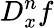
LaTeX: D_{x}^{n}f